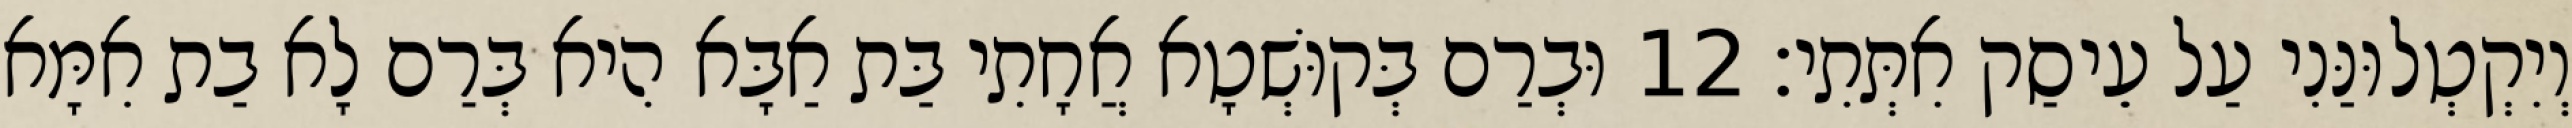
וְיִקְטְלוּנַּנִי עַל עֵיסַק אִתְּתִי׃ 12 וּבְרַם בְּקוּשְׁטָא אֲחָתִי בַּת אַבָּא הִיא בְּרַם לָא בַת אִמָּא